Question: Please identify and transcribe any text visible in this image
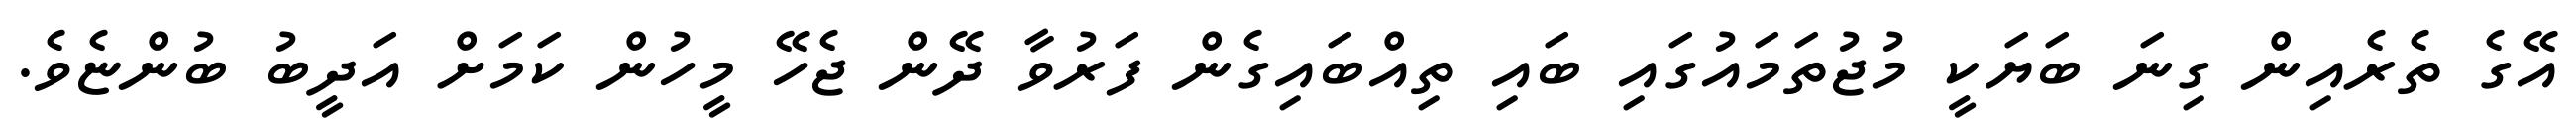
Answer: އޭގެ ތެރެއިން ގިނަ ބަޔަކީ މުޖުތަމައުގައި ބައި ތިއްބައިގެން ފަރުވާ ދޭން ޖެހޭ މީހުން ކަމަށް އަދީބު ބުންޏެވެ.